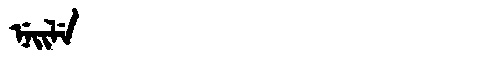
Manchu: ᠨᡝᡳᠯᡝ
Romanization: NEILE